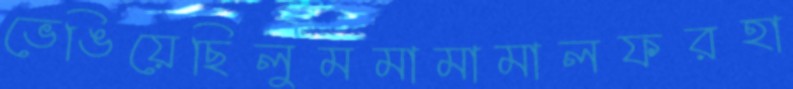
ভেঙিয়েছিলুমমামামালফরহা